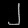
Digit: ၂